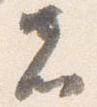
者